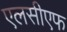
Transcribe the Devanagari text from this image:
एलसीएफ